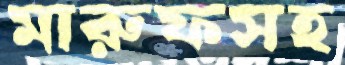
মারুফসহ